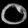
Digit: ၀